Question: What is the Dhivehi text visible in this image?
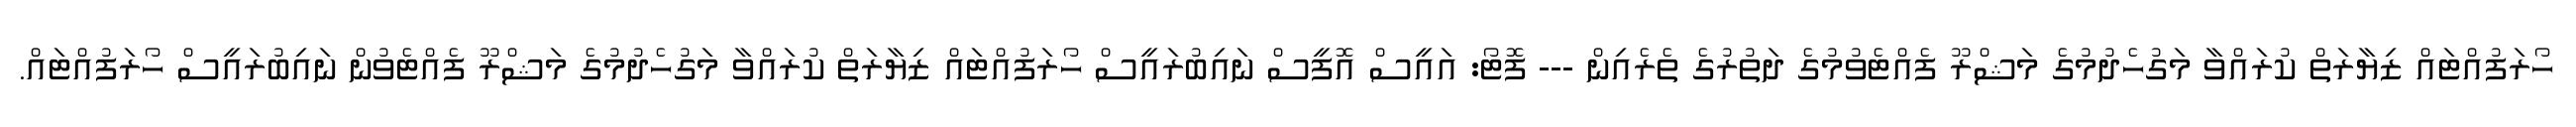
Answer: ހޯރަފުއްޓައް ޒިޔާރަތް ކުރައްވާ މަގުހެދުމުގެ މަޝްރޫ ފެއްޓެވުމުގެ ދަތުރުގެ ތެރެއިން --- ފޮޓޯ: އައީސް އޮފީސް ނައިބުރައީސް ހޯރަފުއްޓައް ޒިޔާރަތް ކުރައްވާ މަގުހެދުމުގެ މަޝްރޫ ފެއްޓެވުން ނައިބުރައީސް ހޯރަފުއްޓައް.